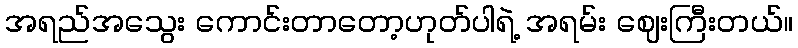
အရည်အသွေး ကောင်းတာတော့ဟုတ်ပါရဲ့ အရမ်း ဈေးကြီးတယ်။